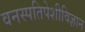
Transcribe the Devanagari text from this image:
वनस्पतिपेशीविज्ञान